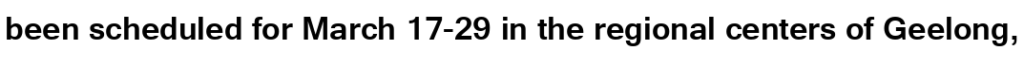
been scheduled for March 17-29 in the regional centers of Geelong,